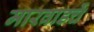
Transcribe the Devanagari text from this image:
मारवाडचें